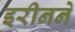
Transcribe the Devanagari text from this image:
इरीनने